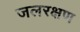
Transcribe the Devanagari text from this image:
जलरक्षण